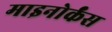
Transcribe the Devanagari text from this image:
माइनोर्कंस